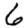
Digit: 6